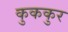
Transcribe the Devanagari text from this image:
कुककुर